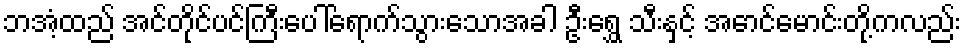
ဘအံ့ထည် အင်တိုင်ပင်ကြီးပေါ်ရောက်သွားသောအခါ ဦးရွှေ သီးနှင့် အောင်မောင်းတို့ကလည်း